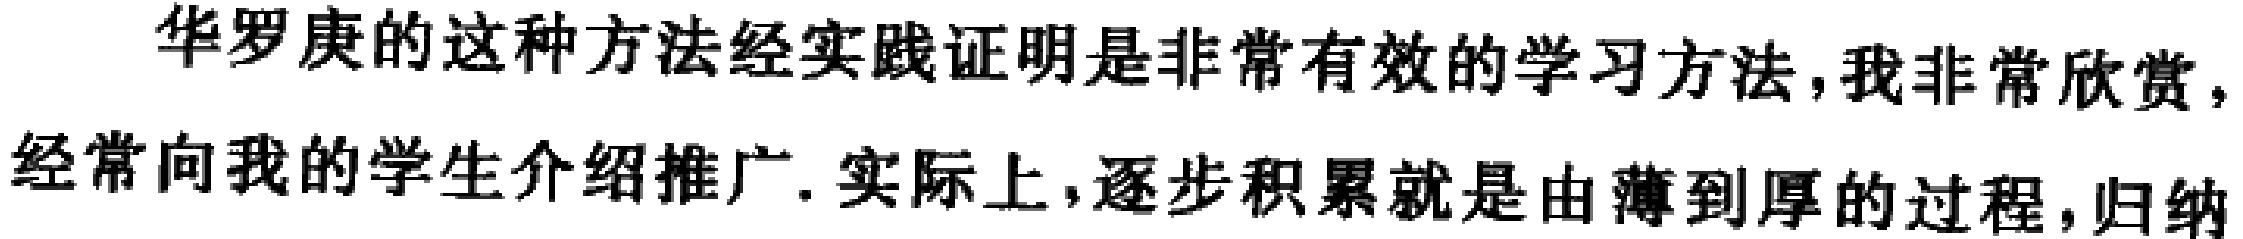
华罗庚的这种方法经实践证明是非常有效的学习方法,我非常欣赏,经常向我的学生介绍推广.实际上,逐步积累就是由薄到厚的过程,归纳